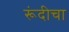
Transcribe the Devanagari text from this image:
रूंदीचा